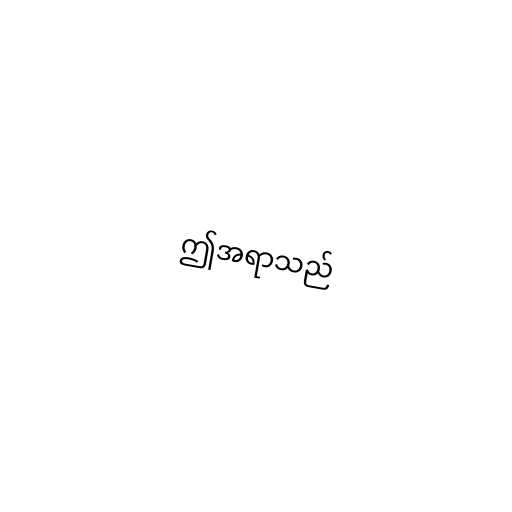
ဤအရာသည်